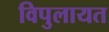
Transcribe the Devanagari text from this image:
विपुलायत